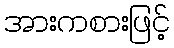
အားကစားဖြင့်